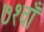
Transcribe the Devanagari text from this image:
७१वाँ